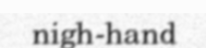
nigh-hand